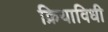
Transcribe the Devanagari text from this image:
क्रियाविधी